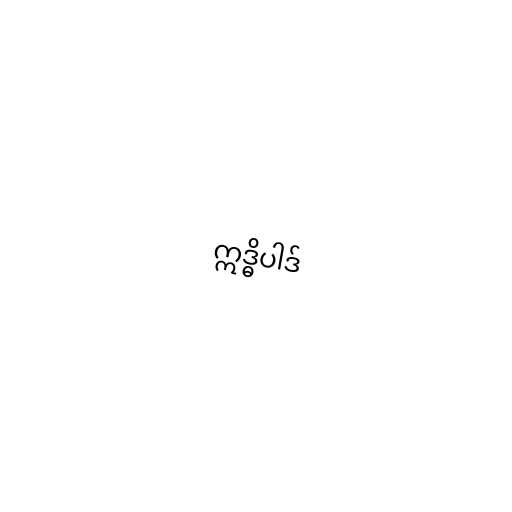
ဣဒ္ဓိပါဒ်